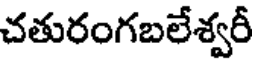
చతురంగబలేశ్వరీ